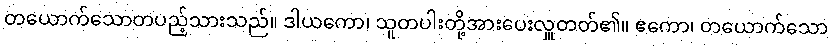
တယောက်သောတပည့်သားသည်။ ဒါယကော၊ သူတပါးတို့အားပေးလှူတတ်၏။ ဧကော၊ တယောက်သော